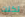
لكنت